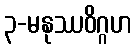
၃-မနုဿဝိဂ္ဂဟ